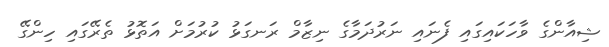
ޝިއާންގެ ވާހަަކައިގައި ފެނައި ނަރުދަމާގެ ނިޒާމް ރަނގަޅު ކުރުމަށް އަތޮޅު ތެރޭގައި ހިންގޭ